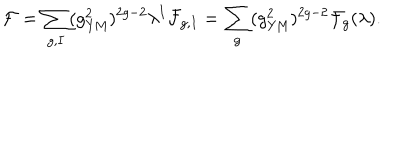
LaTeX: { \cal F } = \sum _ { g , I } ( g _ { \mathrm { Y M } } ^ { 2 } ) ^ { 2 g - 2 } \lambda ^ { I } { \cal F } _ { g , I } = \sum _ { g } ( g _ { \mathrm { Y M } } ^ { 2 } ) ^ { 2 g - 2 } { \cal F } _ { g } ( \lambda ) .